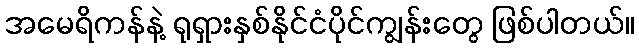
အမေရိကန်နဲ့ ရုရှားနှစ်နိုင်ငံပိုင်ကျွန်းတွေ ဖြစ်ပါတယ်။